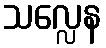
သလ္လေန